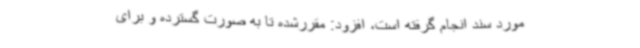
مورد سند انجام گرفته است، افزود: مقررشده تا به صورت گسترده و برای